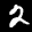
Label: 2